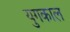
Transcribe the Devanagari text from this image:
युगकाल